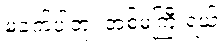
မခက်ပါဘူး အစ်မကြီးရယ်